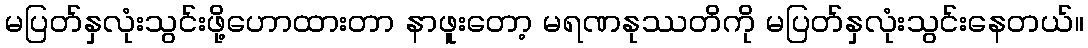
မပြတ်နှလုံးသွင်းဖို့ဟောထားတာ နာဖူးတော့ မရဏနုဿတိကို မပြတ်နှလုံးသွင်းနေတယ်။